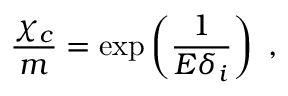
\frac { \chi _ { c } } { m } = \exp \left( \frac { 1 } { E \delta _ { i } } \right) ~ ,